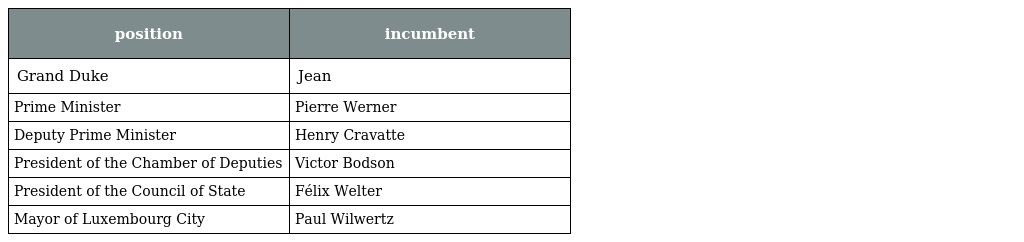
| position | incumbent |
 | --- | --- |
 | Grand Duke | Jean |
 | Prime Minister | Pierre Werner |
 | Deputy Prime Minister | Henry Cravatte |
 | President of the Chamber of Deputies | Victor Bodson |
 | President of the Council of State | Félix Welter |
 | Mayor of Luxembourg City | Paul Wilwertz |